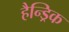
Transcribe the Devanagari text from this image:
हैन्ड्रिक